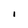
Character: I